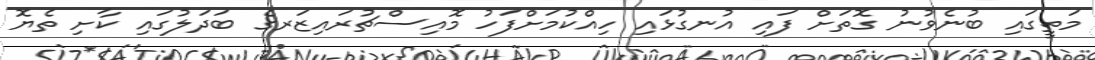
މަތީގައި ބުނެވުނު ގޮތަށް ފައި އުނގުޅައި ހިއްކުމަށްފަހު މޮއިސްޗުރައިޒަރގެ ބަދަލުގައި ކާށި ތެޔޮ